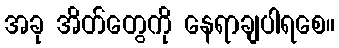
အခု အိတ်တွေကို နေရာချပါရစေ။